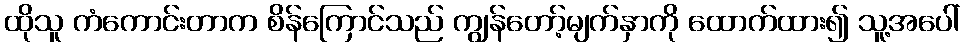
ထိုသူ ကံကောင်းတာက စိန်ကြောင်သည် ကျွန်တော့်မျက်နှာကို ထောက်ထား၍ သူ့အပေါ်